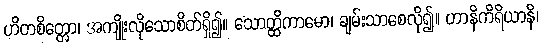
ဟိတစိတ္တော၊ အကျိုးလိုသောစိတ်ရှိ၍။ သောတ္ထိကာမော၊ ချမ်းသာစေလို၍။ တာနိကိရိယာနိ၊